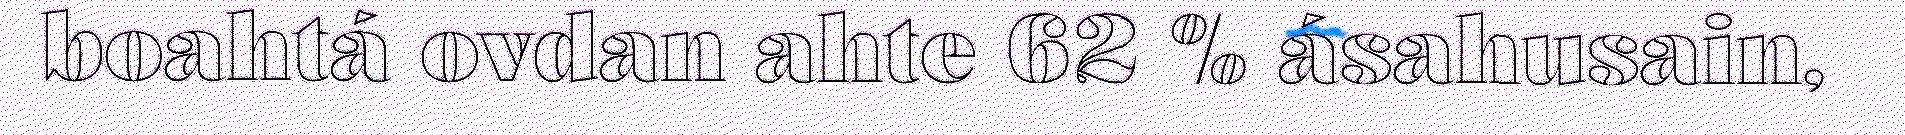
boahtá ovdan ahte 62 % ásahusain,